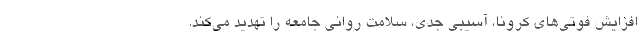
افزایش فوتی‌های کرونا، آسیبی جدی، سلامت روانی جامعه را تهدید می‌کند.